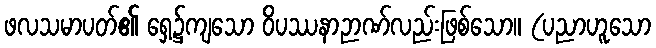
ဖလသမာပတ်၏ ရှေ့၌ကျသော ဝိပဿနာဉာဏ်လည်းဖြစ်သော။ (ပညာဟူသော